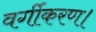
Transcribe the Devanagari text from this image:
वर्गीकरण।